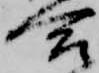
合